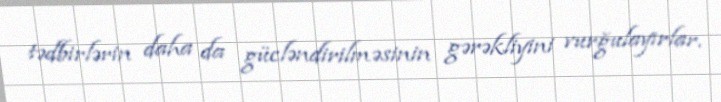
tədbirlərin daha da gücləndirilməsinin gərəkliyini vurğulayırlar.